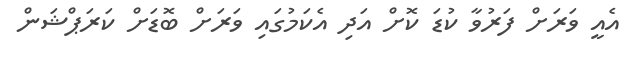
އެއީ ވަރަށް ފަރުވާ ކުޑަ ކޮށް އަދި އެކަމުގައި ވަރަށް ބޮޑަށް ކަރަޕްޝަން